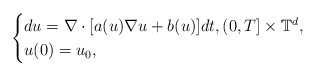
\begin{align*}\begin{cases}du = \nabla \cdot [a(u)\nabla u + b(u)] dt, (0,T]\times\mathbb{T}^d , \\u(0) = u_0 ,\end{cases}\end{align*}